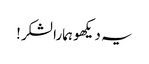
یہ دیکھو ہمارا لشکر!